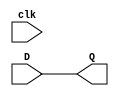
module d_latch(D, Q, clk);
input D;
input clk;
output reg Q;
always @(clk == 1)
begin
	Q <= D;
end
endmodule